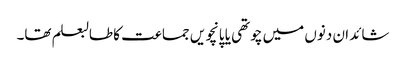
شائد ان دنوں میں چوتھی یا پانچویں جماعت کا طالبعلم تھا۔